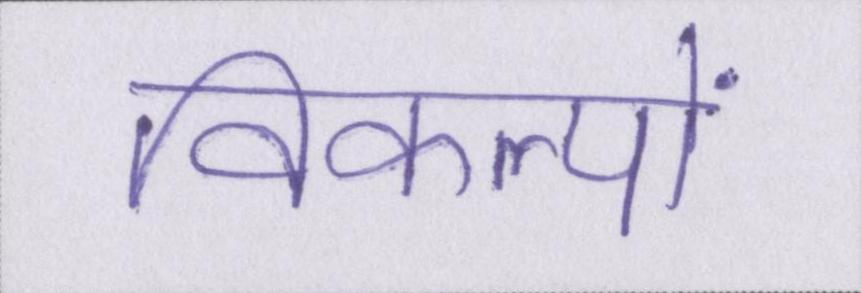
विकल्पों